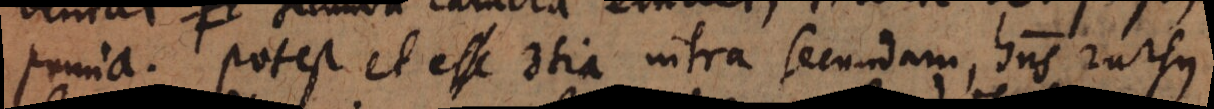
prima. Potest et esse 3tia intra secundam, habens rursus